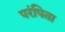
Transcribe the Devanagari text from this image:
परंपिता